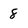
Character: 8